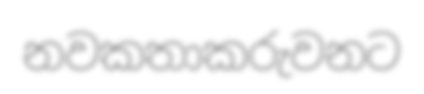
නවකතාකරුවනට